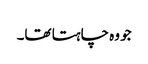
جو وہ چاہتا تھا۔